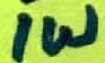
Text: 1W